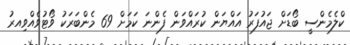
ކްލެމެންސީ ބޯޑަށް ޖައުފަރު އައްޔަން ކުރައްވަން ފެންނަ ކަމަށް 69 މެންބަރަކު ވޯޓުވެއްްވިއރު